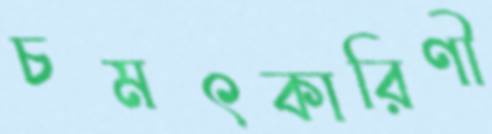
চমৎকারিণী